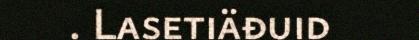
. Lasetiäđuid